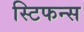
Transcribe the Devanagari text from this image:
स्टिफन्स